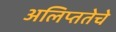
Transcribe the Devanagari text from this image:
अलिप्ततेचे